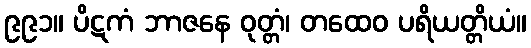
၉၉၁။ ပိဋကံ ဘာဇနေ ဝုတ္တံ၊ တထေဝ ပရိယတ္တိယံ။